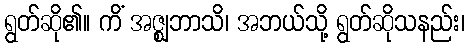
ရွတ်ဆို၏။ ကိံ အဇ္ဈဘာသိ၊ အဘယ်သို့ ရွတ်ဆိုသနည်း၊